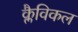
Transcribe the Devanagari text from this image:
क्लैविकल